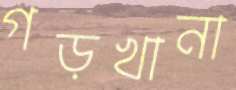
গড়খানা